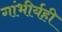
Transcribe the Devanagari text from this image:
गांभीर्यही